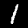
Label: 1